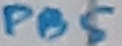
Text: PB5